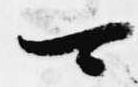
可